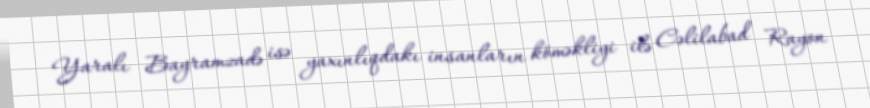
Yaralı Bayramzadə isə yaxınlıqdakı insanların köməkliyi ilə Cəlilabad Rayon